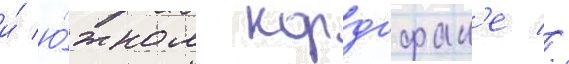
и́ ю́жном кордофан'е //